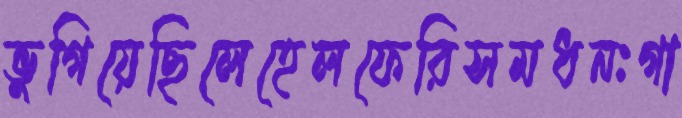
ভুগিয়েছিলেহেলফেরিসমধনঃগা